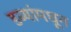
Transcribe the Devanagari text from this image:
डब्यांमधून